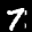
Label: 7